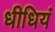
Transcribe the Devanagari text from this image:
धीधियं